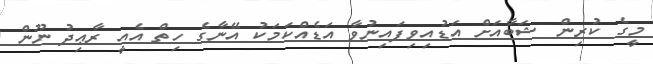
މީގެ ކުރިން ޝަބާއަށް އަޑުއިވިފައިނުވާ އަޑެއްކަމަކު އޭނާގެ ހިތް އެއީ ރާޢިދު ނޫން